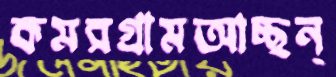
কমরগ্রামআচ্ছন্